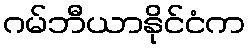
ဂမ်ဘီယာနိုင်ငံက